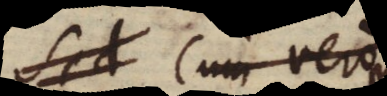
Sed. Cum vero